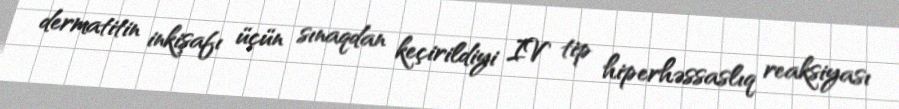
dermatitin inkişafı üçün sınaqdan keçirildiyi IV tip hiperhəssaslıq reaksiyası